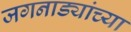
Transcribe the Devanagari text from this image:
जगनाड्यांच्या